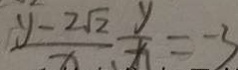
\frac { y - 2 \sqrt { 2 } } { x } \frac { y } { x } = - 3